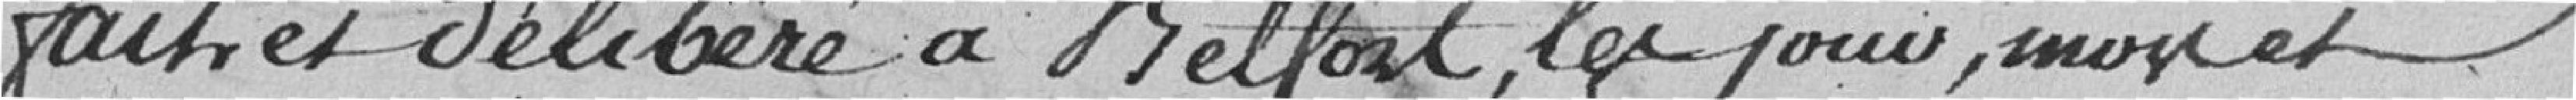
fait et délibéré à Belfort , les jours , mois et